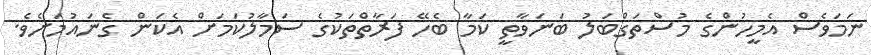
ނަމަވެސް އެމީހުންގެ މުސްތަގްބަލު ބަނަވާތީ ކަމާ ބެހޭ ފަރާތްތަކުގެ ސަމާލުކަމަށް އެކަން ގެނައުމަށެވެ.